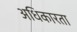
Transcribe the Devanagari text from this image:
अधिकारता